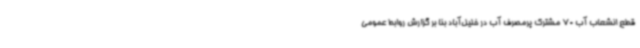
قطع انشعاب آب 70 مشترک پرمصرف آب در خلیل‌آباد بنا بر گزارش روابط عمومی